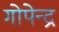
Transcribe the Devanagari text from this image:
गोपेन्द्र